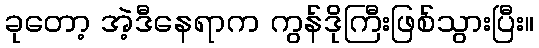
ခုတော့ အဲ့ဒီနေရာက ကွန်ဒိုကြီးဖြစ်သွားပြီး။